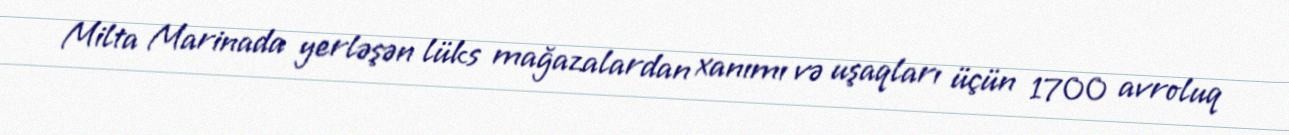
Milta Marinada yerləşən lüks mağazalardan xanımı və uşaqları üçün 1700 avroluq